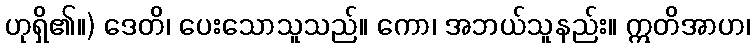
ဟုရှိ၏။) ဒေတိ၊ ပေးသောသူသည်။ ကော၊ အဘယ်သူနည်း။ ဣတိအာဟ၊